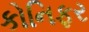
કોનિફર